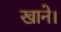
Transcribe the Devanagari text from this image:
खाने।